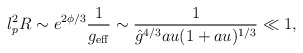
\begin{align*}l_p^2 R \sim e^{2\phi/3}\frac{1}{g_{\rm eff}} \sim \frac{1}{\hat{g}^{4/3}au (1 + au)^{1/3}} \ll 1,\end{align*}